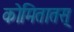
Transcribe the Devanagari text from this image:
कोमितातस्